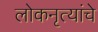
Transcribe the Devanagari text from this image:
लोकनृत्यांचे